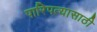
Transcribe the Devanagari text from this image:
पारिपत्यासाठी